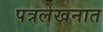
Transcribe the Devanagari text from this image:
पत्रलेखनात